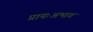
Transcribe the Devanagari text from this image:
प्रायःअभाव